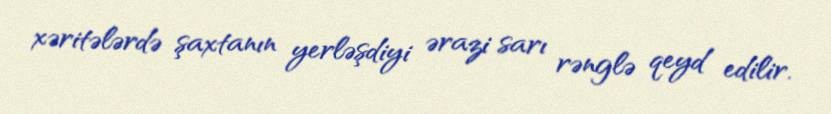
xəritələrdə şaxtanın yerləşdiyi ərazi sarı rənglə qeyd edilir.